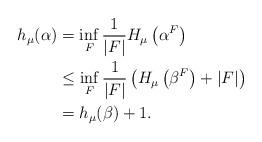
LaTeX: \begin{align*} h_\mu(\alpha) &= \inf_{F} \frac{1}{|F|} H_\mu\left(\alpha^F \right) \\&\leq \inf_{F} \frac{1}{|F|} \left( H_\mu \left(\beta^F \right) + |F| \right) \\&= h_\mu(\beta) +1. \end{align*}